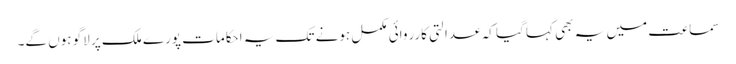
سماعت میں یہ بھی کہا گیا کہ عدالتی کارروائی مکمل ہونے تک یہ احکامات پورے ملک پر لاگو ہوں گے۔